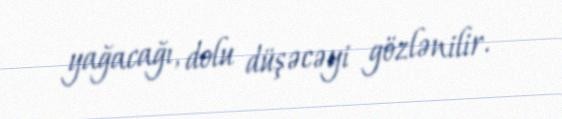
yağacağı, dolu düşəcəyi gözlənilir.